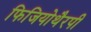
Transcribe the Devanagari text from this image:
फिजियोथैरपी